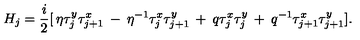
H _ { j } = \frac { i } { 2 } [ \: \eta \tau _ { j } ^ { y } \tau _ { j + 1 } ^ { x } \: - \: \eta ^ { - 1 } \tau _ { j } ^ { x } \tau _ { j + 1 } ^ { y } \: + \: q \tau _ { j } ^ { x } \tau _ { j } ^ { y } \: + \: q ^ { - 1 } \tau _ { j + 1 } ^ { x } \tau _ { j + 1 } ^ { y } ] .